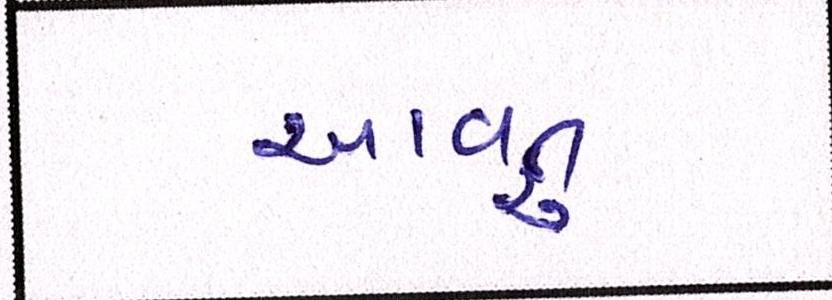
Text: આવતુ